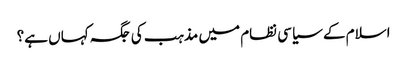
اسلام کے سیاسی نظام میں مذہب کی جگہ کہاں ہے؟